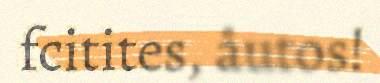
fcitites, åutos!